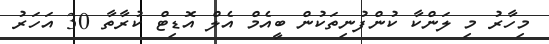
މިހާރު މި ލަންކާ ކުންފުނިތަކުން ބީއެމް އެލް އޮޑިޓް ކުރާތާ 30 އަހަރު